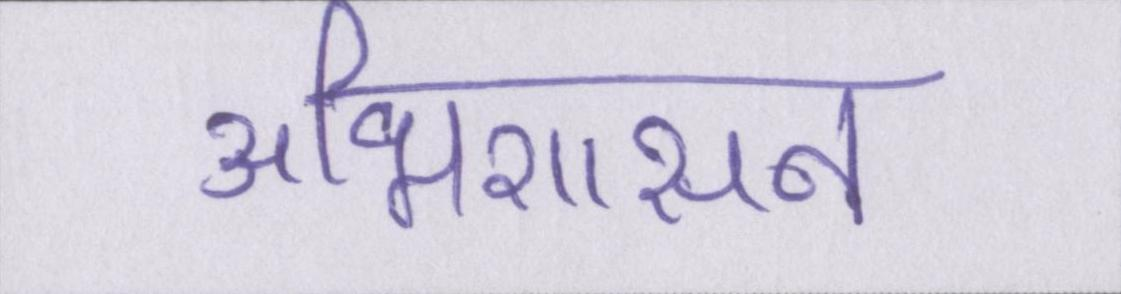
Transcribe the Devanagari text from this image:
अभिशासन